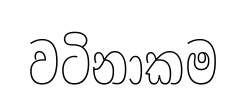
වටිනාකම